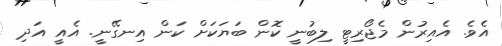
އެވެ. އެއިރުން މެޖޯރިޓީ ލިބުނީ ކޮން ބަޔަކަށް ކަން އިނގޭނީ. އެއީ އަދި